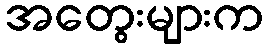
အတွေးများက